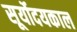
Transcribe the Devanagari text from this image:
सूर्योदयकाल